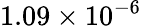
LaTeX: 1.09\times 10^{-6}